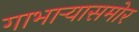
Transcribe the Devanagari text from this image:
गाभार्‍यासमोर